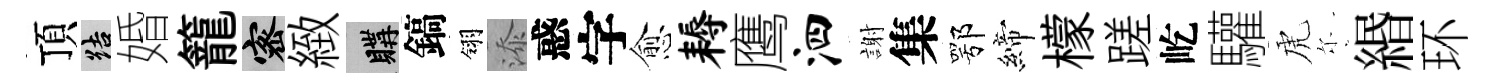
頂結婚籠密緻購鎬翎添惑字愈耨鹰泗謝集鄂締檬蹉屹驩虎尓緡环